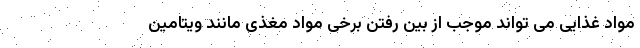
مواد غذایی می تواند موجب از بین رفتن برخی مواد مغذی مانند ویتامین